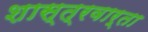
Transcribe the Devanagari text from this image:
शास्त्रवार्ता